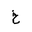
Letter: _kha